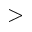
>